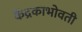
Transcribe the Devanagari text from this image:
केंद्रकाभोवती